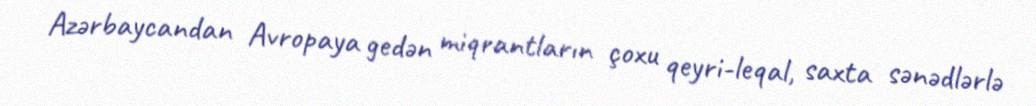
Azərbaycandan Avropaya gedən miqrantların çoxu qeyri-leqal, saxta sənədlərlə